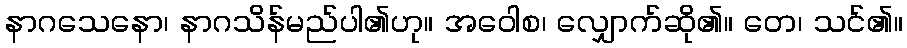
နာဂသေနော၊ နာဂသိန်မည်ပါ၏ဟု။ အဝေါစ၊ လျှောက်ဆို၏။ တေ၊ သင်၏။